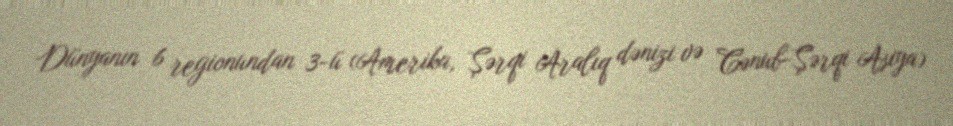
Dünyanın 6 regionundan 3-ü (Amerika, Şərqi Aralıq dənizi və Cənub-Şərqi Asiya)